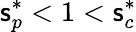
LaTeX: \mathsf{s}_{p}^{*}<1<\mathsf{s}_{c}^{*}